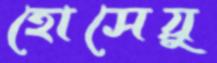
হোসেয়ু